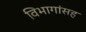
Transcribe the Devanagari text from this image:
विभागांसह